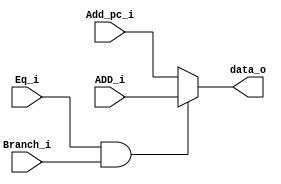
module mux1(
	Eq_i,	
	Branch_i,	
	Add_pc_i,	
	ADD_i,
	data_o
);

input   [31:0]		Add_pc_i;
input   [31:0]		ADD_i;
input				Eq_i;
input				Branch_i;
output reg [31:0]	data_o;

always@(Eq_i or Branch_i or Add_pc_i or ADD_i) begin
	if( (Eq_i&Branch_i) ==1'b1) begin
		data_o = ADD_i;
	end
	else begin
		data_o = Add_pc_i;
	end
end

endmodule